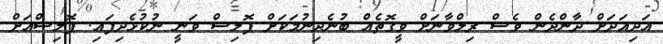
އަދިއަދަށް ދާންދެން ވެސް ރިލްވާނަށް ވީގޮތެއް ބުނެދިނުމަކަށް ޕޮލިސް ވަނީ ނުކުޅެދިފައި. ޕޮލިސްއަށް